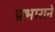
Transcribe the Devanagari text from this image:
प्रभाराने